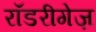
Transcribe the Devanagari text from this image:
रॉडरीगेज़